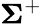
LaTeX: {\boldsymbol{\Sigma}}^{+}